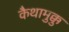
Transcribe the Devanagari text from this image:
कैथामुक्कु